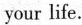
your life.